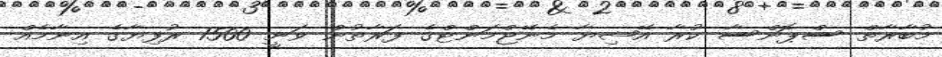
މުބާރާތް ސްޕޮންސާ ކުރާ އޭޝިޔާ މެނޭޖްމަންޓްގެ ފަރާތުން ވަނީ 1500 ރުފިޔާގެ އިނާމެއް